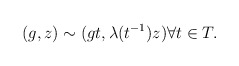
\begin{align*}(g,z) \sim (gt, \lambda (t^{-1})z) \forall t \in T.\end{align*}